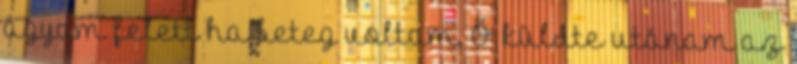
ágyam felett ha beteg voltam, Ő küldte utánam az